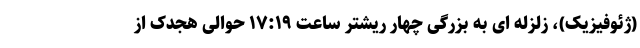
(ژئوفیزیک)، زلزله ای به بزرگی چهار ریشتر ساعت ۱۷:۱۹ حوالی هجدک از